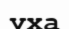
уха